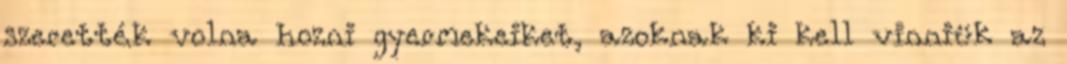
szerették volna hozni gyermekeiket, azoknak ki kell vinniük az